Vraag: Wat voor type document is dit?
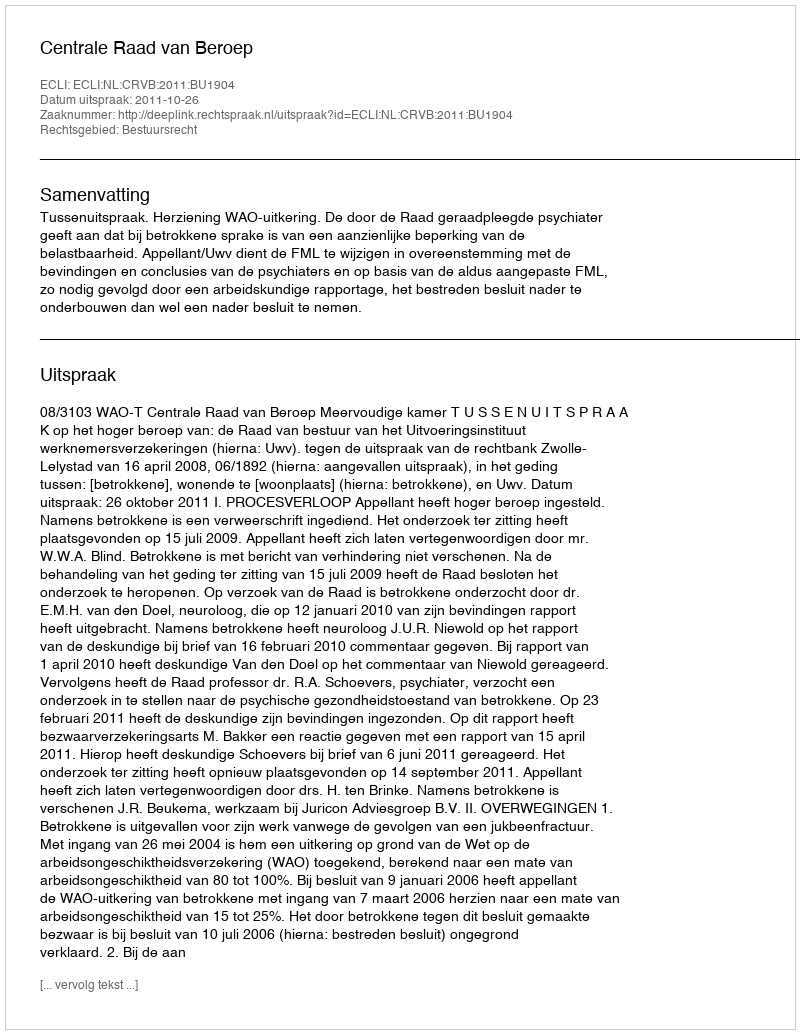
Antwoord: Uitspraak